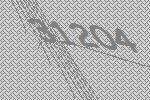
31204